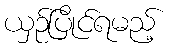
ယှဉ်ပြိုင်ရမည့်